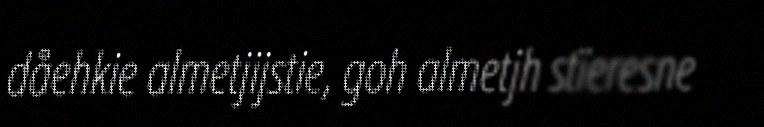
dåehkie almetjijstie, goh almetjh stïeresne